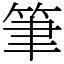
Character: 筆